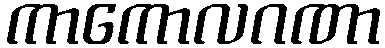
ကာကောလဂဏာ